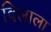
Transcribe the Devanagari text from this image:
विलाला